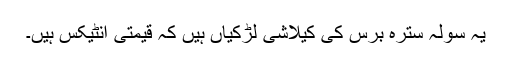
یہ سولہ سترہ برس کی کیلاشی لڑکیاں ہیں کہ قیمتی انٹیکس ہیں۔